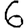
Digit: 6